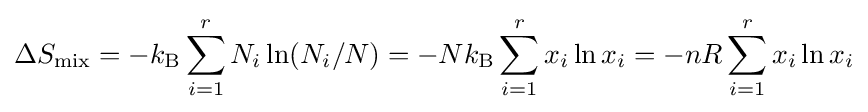
\Delta S_{\text{mix}}=-k_{\text{B}}\sum _{i=1}^{r}N_{i}\ln(N_{i}/N)=-Nk_{\text{B}}\sum _{i=1}^{r}x_{i}\ln x_{i}=-nR\sum _{i=1}^{r}x_{i}\ln x_{i}